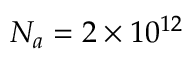
N _ { a } = 2 \times 1 0 ^ { 1 2 }